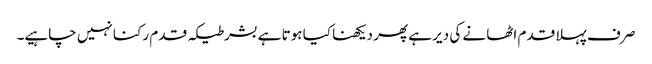
صر ف پہلا قدم اٹھا نے کی دیر ہے پھر دیکھنا کیا ہوتا ہے بشرطیکہ قدم رکنا نہیں چاہیے۔